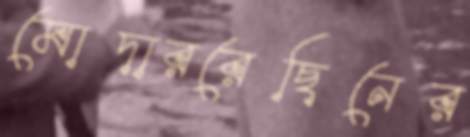
মোদাররেছিনের